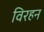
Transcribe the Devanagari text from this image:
विरहन